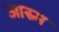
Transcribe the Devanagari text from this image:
आस्र्म